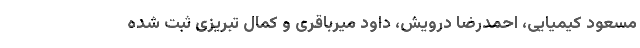
مسعود کیمیایی، احمدرضا درویش، داود میرباقری و کمال تبریزی ثبت شده